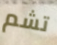
تشم